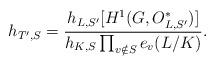
LaTeX: \begin{align*}h_{T',S}= \frac{h_{L,S'}[H^1(G,O_{L,S'}^{*})]}{h_{K,S} \prod_{v\notin S}e_v(L/K)}.\end{align*}